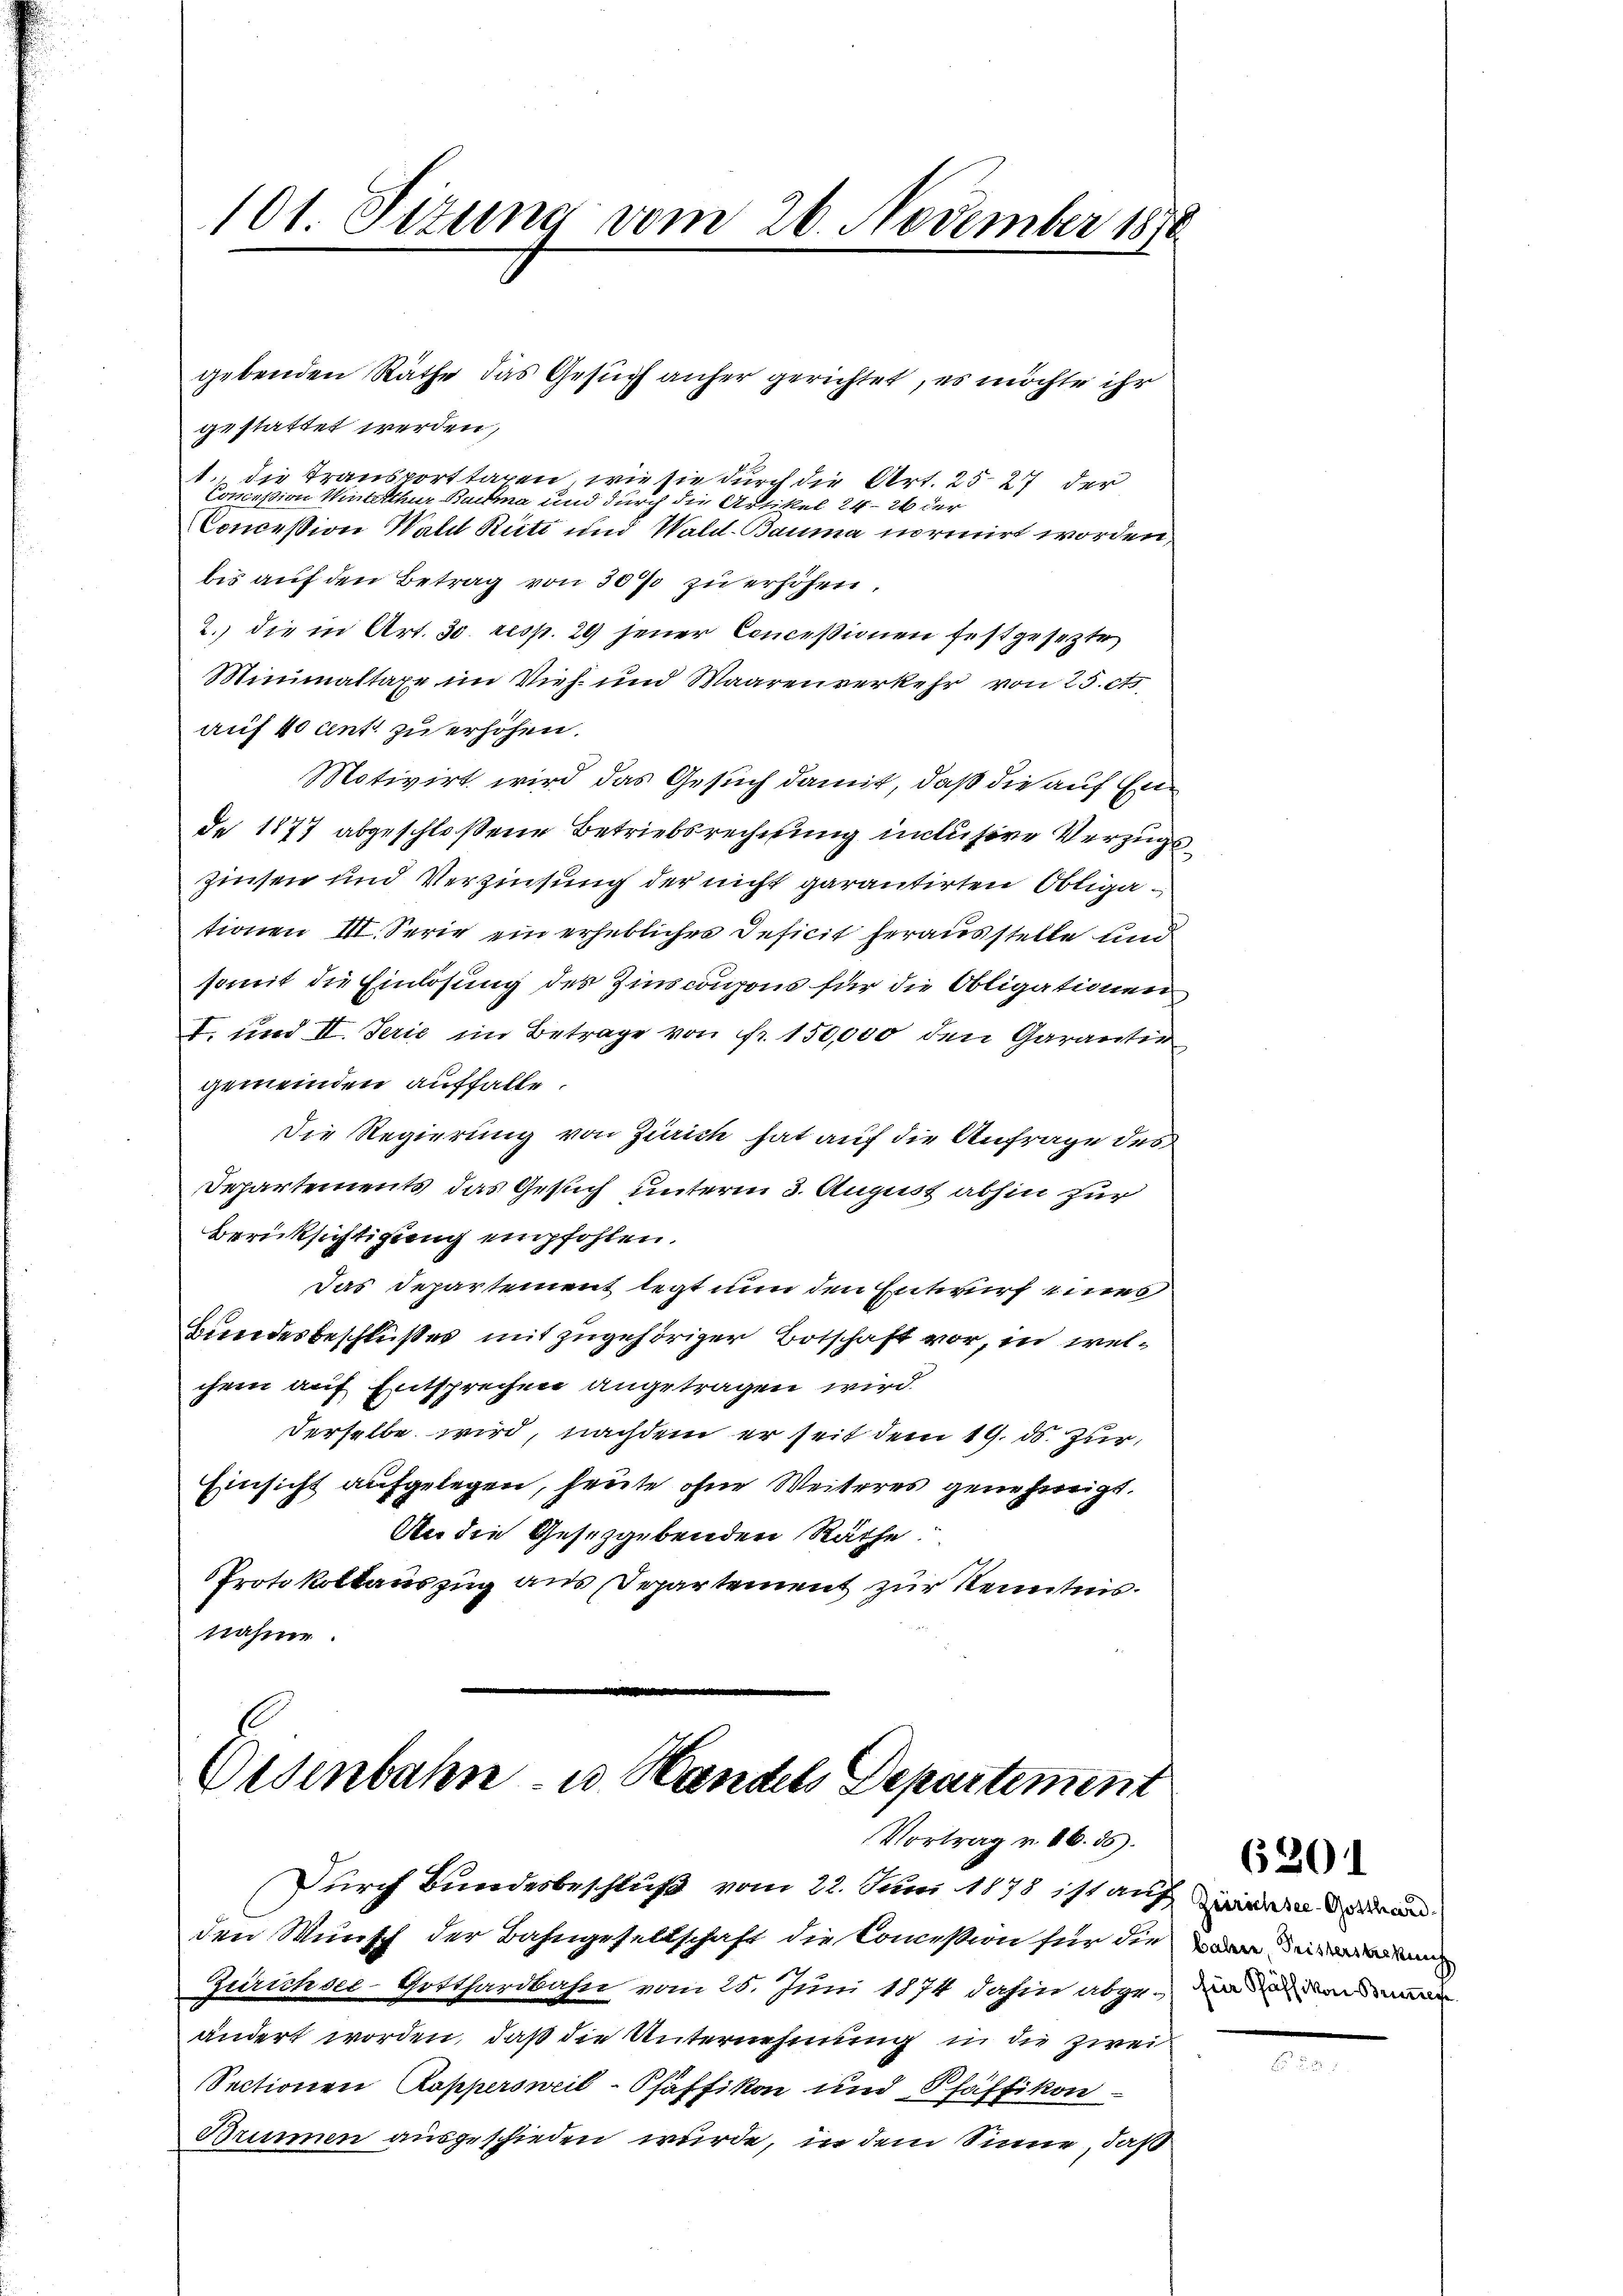
101. Sitzung vom 26. November 1816

gestattet werden,
1. die Transporttaxen, wie sie durch die Art. 25. 27 der
Conceßion Miterthur Ruche und durch die Artikel 24-20 der
Conceßion Wald Rüti und Wald-Bauma normirt worden,
bis auf den Betrag von 30% zu erhöhen.
2.) die in Art. 30. resp. 29 jener Concessionen festgesezte
Minimaltaxe im Vieh und Waarenverkehr von 25. ct
auf 40 ent zu erhöhen.
Motivirt wird das Gesuch damit, daß die auf Ende 1877 abgeschloßene Betriebsrechnung inclusive Verzugs¬
Zinsen und Verzinsung der nicht garantirten Obligationen III. Serie ein erhebliches Deficit herausstelle und
somit die Einlösung des Zinscoupons für die Obligationen
I. und II. Serie im Betrage von fr. 150,000 den Garantirgemeinden auffalle.
Die Regierung von Zürich hat auf die Anfrage des
Departements das Gesuch unterm 3. August abhin zur
Berücksichtigung empfohlen.
Das Departement legt nun den Entwurf eines
Bundesbeschlußes mit zugehöriger Botschaft vor, in welchem auf Entsprechen angetragen wird.
derselbe wird, nachdem er seit dem 19. ds. zur
Einsicht aufgelegen, heute ohne Weiteres genehmigt.
An die Gesetzgebenden Räthe
Protokollauszug aus Departement zur Kenntnis.
nahme.

gebenden Räthe das Gesuch anher gerichtet, es möchte ihr

Eisenbahn- u. Handels Departement
Vortrag v. 16. ds.

Durch Bundesbeschluß vom 22. Juni 1878 ist auf in den
den Wunsch der Bahngesellschaft die Concession für die an de
Zürichsee-Gotthardbahn vom 25. Juni 1874 dahin abge¬ den den an
ändert worden, daß die Unternehmung in die zwei
Sectionen Rapperoncil-Pfäffikon und Pfäffikon
Brunnen ausgeschieden wurde, in dem Sinne, daß

6201